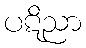
ပဋိညာ